Madras plague regulations in force outside the Presidency town - Volume 3
Disease focus: Plague
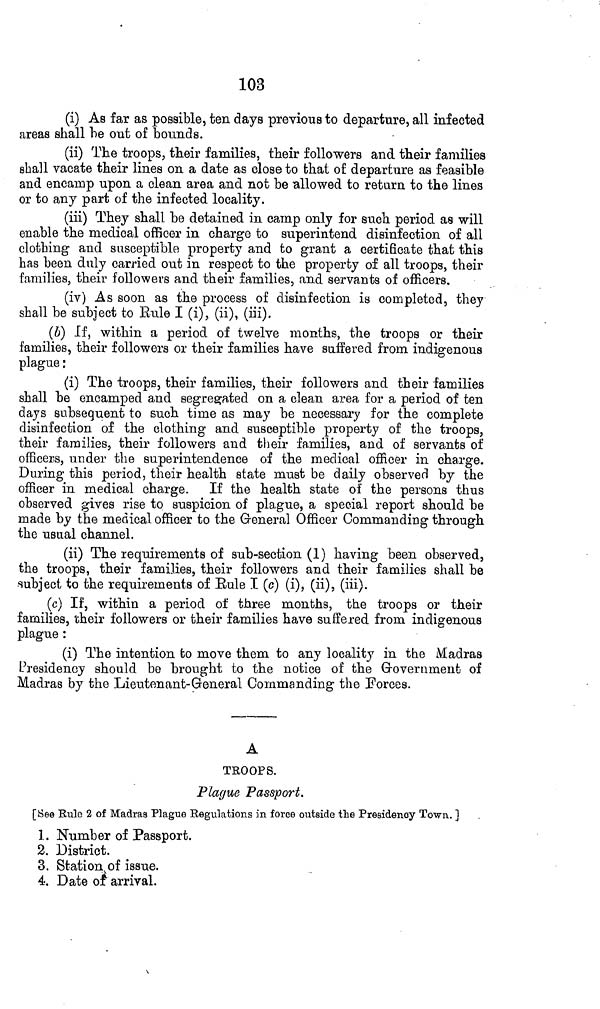
103
(i) As far as possible, ten days previous to departure, all infected
areas shall he out of bounds.
(ii) The troops, their families, their followers and their families
shall vacate their lines on a date as close to that of departure as feasible
and encamp upon a clean area and not be "allowed to return to the lines
or to any part of the infected locality.
(iii) They shall be detained in camp only for such period as will
enable the medical officer in charge to superintend disinfection of all
clothing and susceptible property and to grant a certificate that this
has been duly carried out in respect to the property of all troops, their
families, their followers and their families, and servants of officers.
(iv) As soon as the process of disinfection is completed, they
shall be subject to Eule I (i), (ii), (iii).
(6) If, within a period of twelve months, the troops or their
families, their followers or their families have suffered from indigenous
plague :
(i) The troops, their families, their followers and their families
shall be encamped and segregated on a clean area for a period of ten
days subsequent to such time as may be necessary for the complete
disinfection of the clothing and susceptible property of the troops,
their families, their followers and their families, and of servants of
officers, under the superintendence of the medical officer in charge.
During this period, their health state must be daily observed by the
officer in medical charge. If the health state of the persons thus
observed gives rise to suspicion of plague, a special report should be
made by the medical officer to the General Officer Commanding through
the usual channel.
(ii) The requirements of sub-section (1) having been observed,
the troops, their families, their followers and their families shall be
.subject to the requirements of Eule I (e) (i), (ii), (iii).
(c) If, within a period of three months, the troops or their
families, their followers or their families have suffered from indigenous
plague :
(i) The intention to move them to any locality in the Madras
Presidency should be brought to the notice of the Government of
Madras by the Lieutenant-General Commanding the Forces.
A
TROOPS.
Plague Passport.
[See Rule 2 of Madras Plague Regulations in force outside the Presidency Town. ]
1. Number of Passport.
2. District.
3. Station v of issue.
4. Date of arrival.